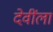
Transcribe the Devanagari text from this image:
देवींला